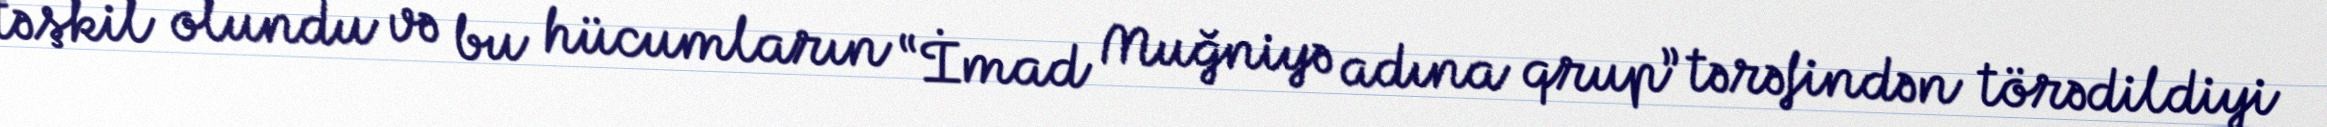
təşkil olundu və bu hücumların “İmad Muğniyə adına qrup” tərəfindən törədildiyi